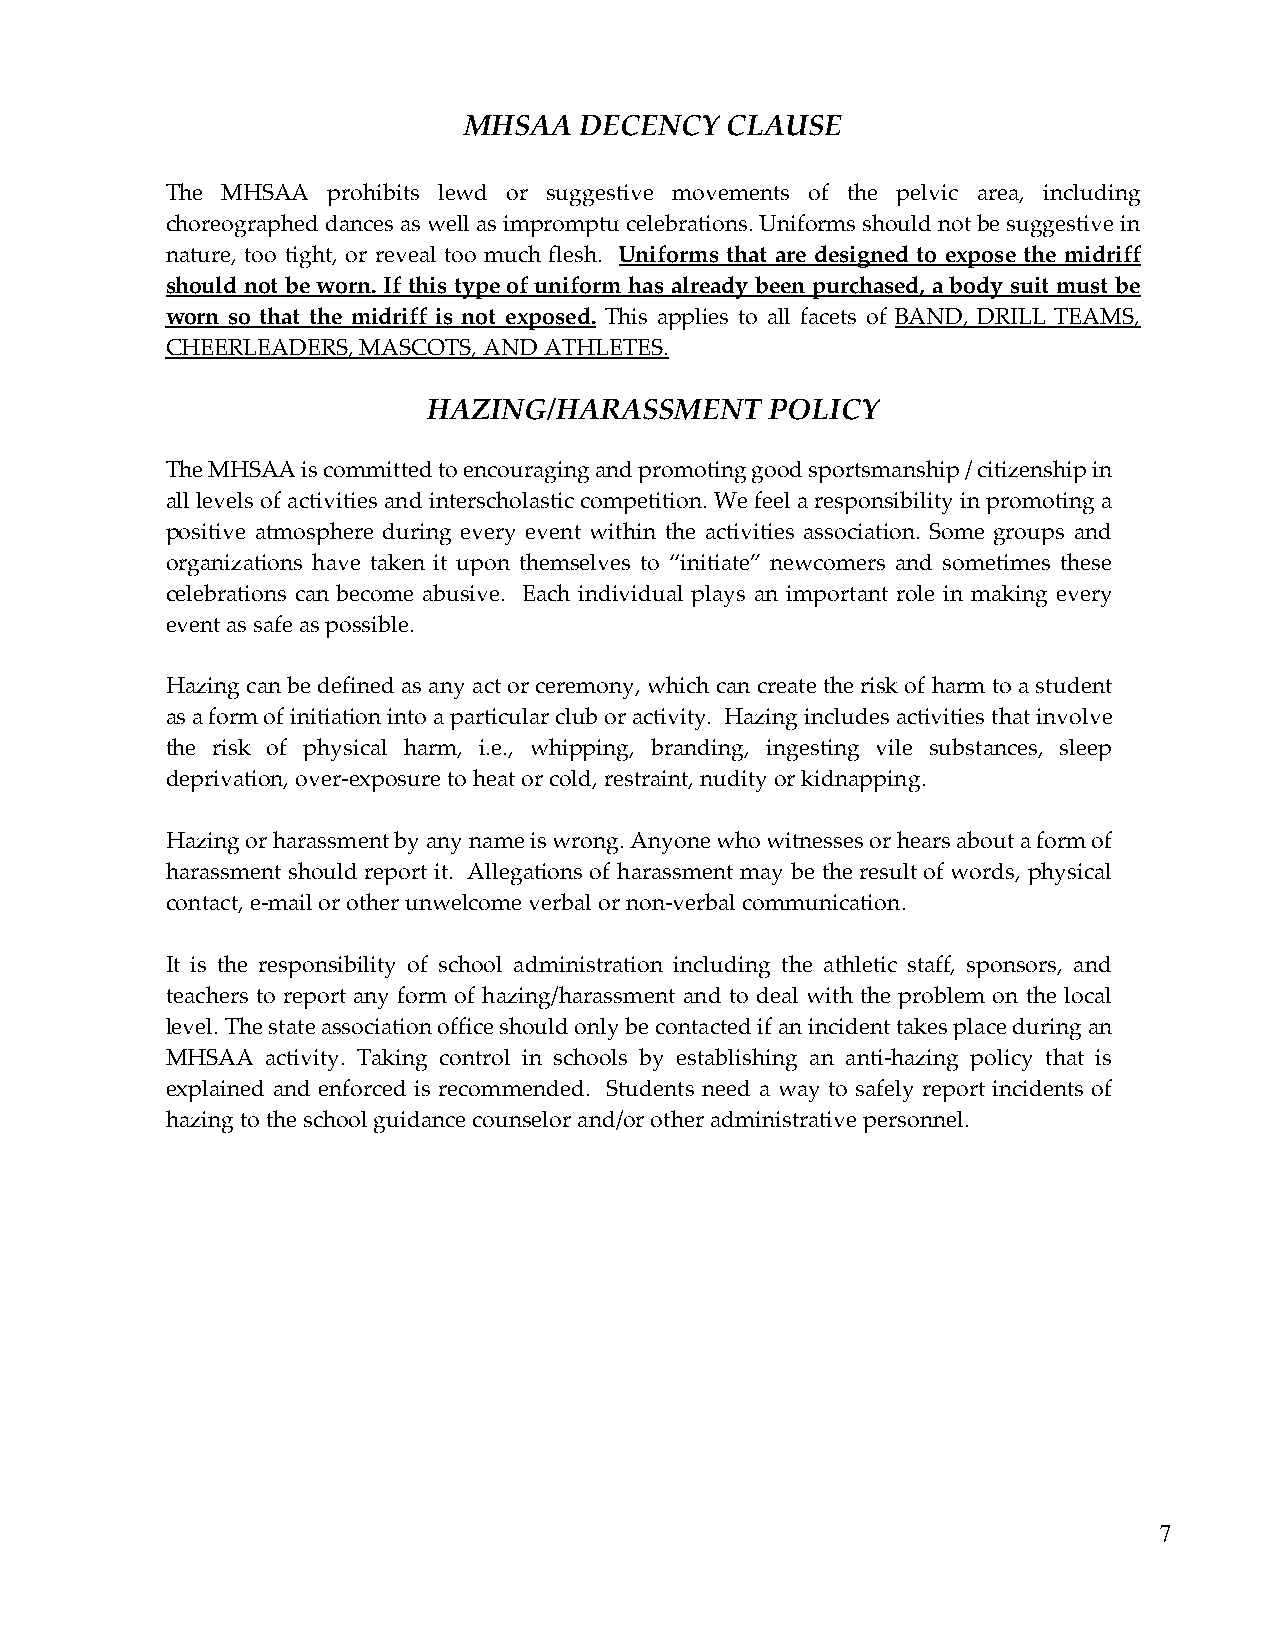
MHSAA  DECENCY   CLAUSE
 The MHSAA  prohibits lewd or suggestive movements of the pelvic area, including
 choreographed dances as well as impromptu celebrations. Uniforms should not be suggestive in
 nature, too tight, or reveal too much flesh. Uniforms that are designed to expose the midriff
 should not be worn. If this type of uniform has already been purchased, a body suit must be
 worn so that the midriff is not exposed. This applies to all facets of BAND, DRILL TEAMS,
 CHEERLEADERS, MASCOTS, AND ATHLETES.
 HAZING/HARASSMENT      POLICY
 The MHSAA is committed to encouraging and promoting good sportsmanship / citizenship in
 all levels of activities and interscholastic competition. We feel a responsibility in promoting a
 positive atmosphere during every event within the activities association. Some groups and
 organizations have taken it upon themselves to “initiate” newcomers and sometimes these
 celebrations can become abusive. Each individual plays an important role in making every
 event as safe as possible.
 Hazing can be defined as any act or ceremony, which can create the risk of harm to a student
 as a form of initiation into a particular club or activity. Hazing includes activities that involve
 the risk of physical harm, i.e., whipping, branding, ingesting vile substances, sleep
 deprivation, over-exposure to heat or cold, restraint, nudity or kidnapping.
 Hazing or harassment by any name is wrong. Anyone who witnesses or hears about a form of
 harassment should report it. Allegations of harassment may be the result of words, physical
 contact, e-mail or other unwelcome verbal or non-verbal communication.
 It is the responsibility of school administration including the athletic staff, sponsors, and
 teachers to report any form of hazing/harassment and to deal with the problem on the local
 level. The state association office should only be contacted if an incident takes place during an
 MHSAA  activity. Taking control in schools by establishing an anti-hazing policy that is
 explained and enforced is recommended. Students need a way to safely report incidents of
 hazing to the school guidance counselor and/or other administrative personnel.
 7